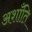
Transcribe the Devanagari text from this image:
अशाँति